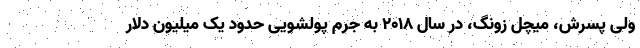
ولی پسرش، میچل زونگ، در سال ۲۰۱۸ به جرم پولشویی حدود یک میلیون دلار